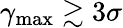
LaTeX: \gamma_{\mathrm{max}}\gtrsim 3\sigma